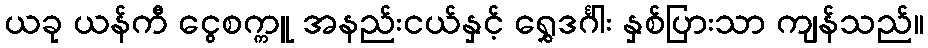
ယခု ယန်ကီ ငွေစက္ကူ အနည်းငယ်နှင့် ရွှေဒင်္ဂါး နှစ်ပြားသာ ကျန်သည်။